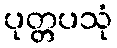
ပုတ္တပသုံ